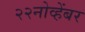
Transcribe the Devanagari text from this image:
२२नोव्हेंबर